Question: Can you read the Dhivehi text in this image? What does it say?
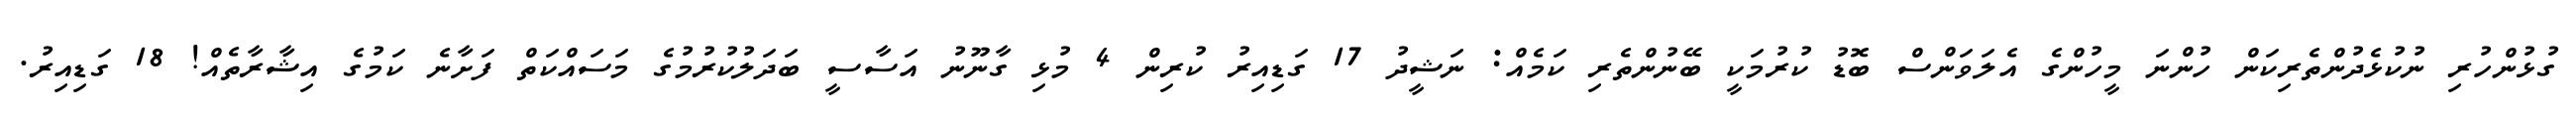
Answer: ގުޅުންހުރި ނުކުޅެދުންތެރިކަން ހުންނަ މީހުންގެ އެލަވަންސް ބޮޑު ކުރުމަކީ ބޭނުންތެރި ކަމެއް: ނަޝީދު 17 ގަޑިއިރު ކުރިން 4 މުޅި ގާނޫނު އަސާސީ ބަދަލުކުރުމުގެ މަސައްކަތް ފަށާނެ ކަމުގެ އިޝާރާތެއް! 18 ގަޑިއިރު.